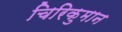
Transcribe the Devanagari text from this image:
चिरिकुमान